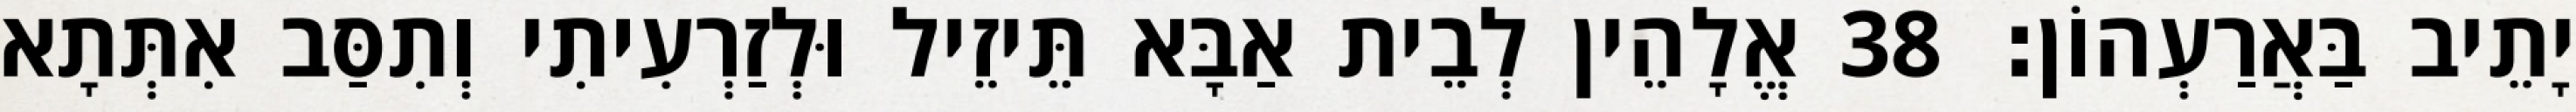
יָתֵיב בַּאֲרַעְהוֹן׃ 38 אֱלָהֵין לְבֵית אַבָּא תֵּיזֵיל וּלְזַרְעִיתִי וְתִסַּב אִתְּתָא